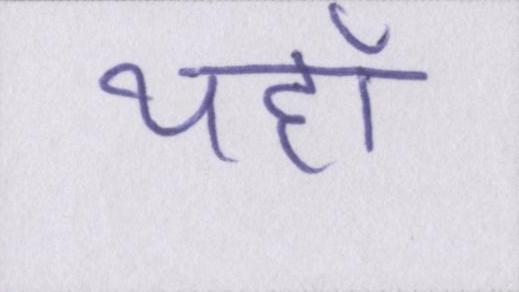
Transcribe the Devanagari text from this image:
यहाँ